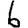
Digit: 6